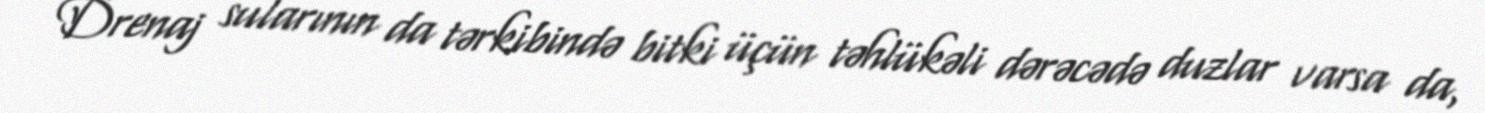
Drenaj sularının da tərkibində bitki üçün təhlükəli dərəcədə duzlar varsa da,